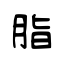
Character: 脂